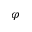
\varphi